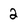
Character: 2